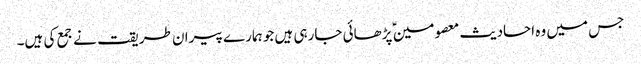
جس میں وہ احادیث معصومین ؑ پڑھائی جارہی ہیں جو ہمارے پیران طریقت نے جمع کی ہیں۔